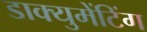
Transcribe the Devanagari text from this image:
डाक्युमेंटिंग